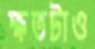
ক্ষতটাও